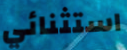
استثنائي